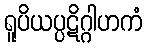
ရူပိယပ္ပဋိဂ္ဂါဟကံ